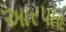
અારપાર